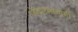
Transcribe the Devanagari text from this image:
जेदायास्वामी